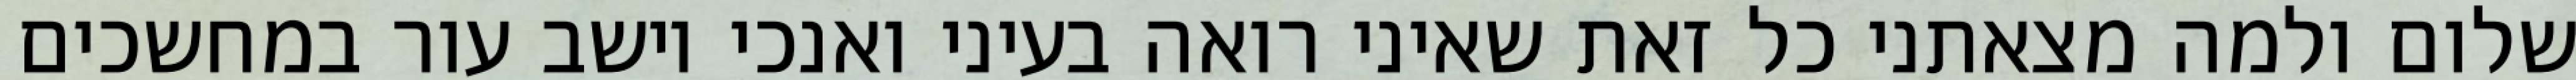
שלום ולמה מצאתני כל זאת שאיני רואה בעיני ואנכי יושב עור במחשכים